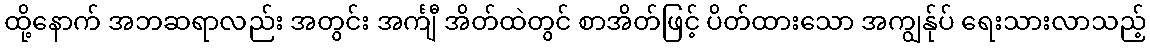
ထို့နောက် အဘဆရာလည်း အတွင်း အင်္ကျီ အိတ်ထဲတွင် စာအိတ်ဖြင့် ပိတ်ထားသော အကျွန်ုပ် ရေးသားလာသည့်